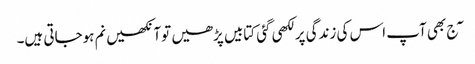
\ٓج بھی آپ اس کی زندگی پر لکھی گئی کتابیں پڑھیں توآنکھیں نم ہوجاتی ہیں۔